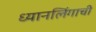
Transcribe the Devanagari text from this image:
ध्यानलिंगाची